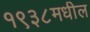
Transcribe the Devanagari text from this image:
१९३८मधील